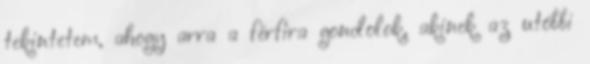
tekintetem, ahogy arra a férfira gondolok, akinek az utóbbi